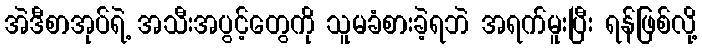
အဲဒီစာအုပ်ရဲ့ အသီးအပွင့်တွေကို သူမခံစားခဲ့ရဘဲ အရက်မူးပြီး ရန်ဖြစ်လို့